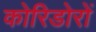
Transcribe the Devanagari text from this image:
कोरिडोरों